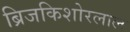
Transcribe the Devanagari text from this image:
ब्रिजकिशोरलाल